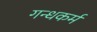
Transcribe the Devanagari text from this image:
गन्धकर्म